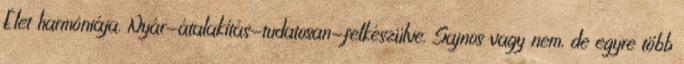
Élet harmóniája. Nyár-átalakítás-tudatosan-felkészülve. Sajnos vagy nem, de egyre több